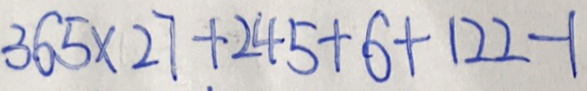
3 6 5 \times 2 7 + 2 4 5 + 6 + 1 2 2 - 1